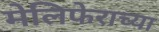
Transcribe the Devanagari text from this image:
मेलिफेराच्या